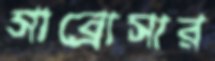
সাব্রোসার